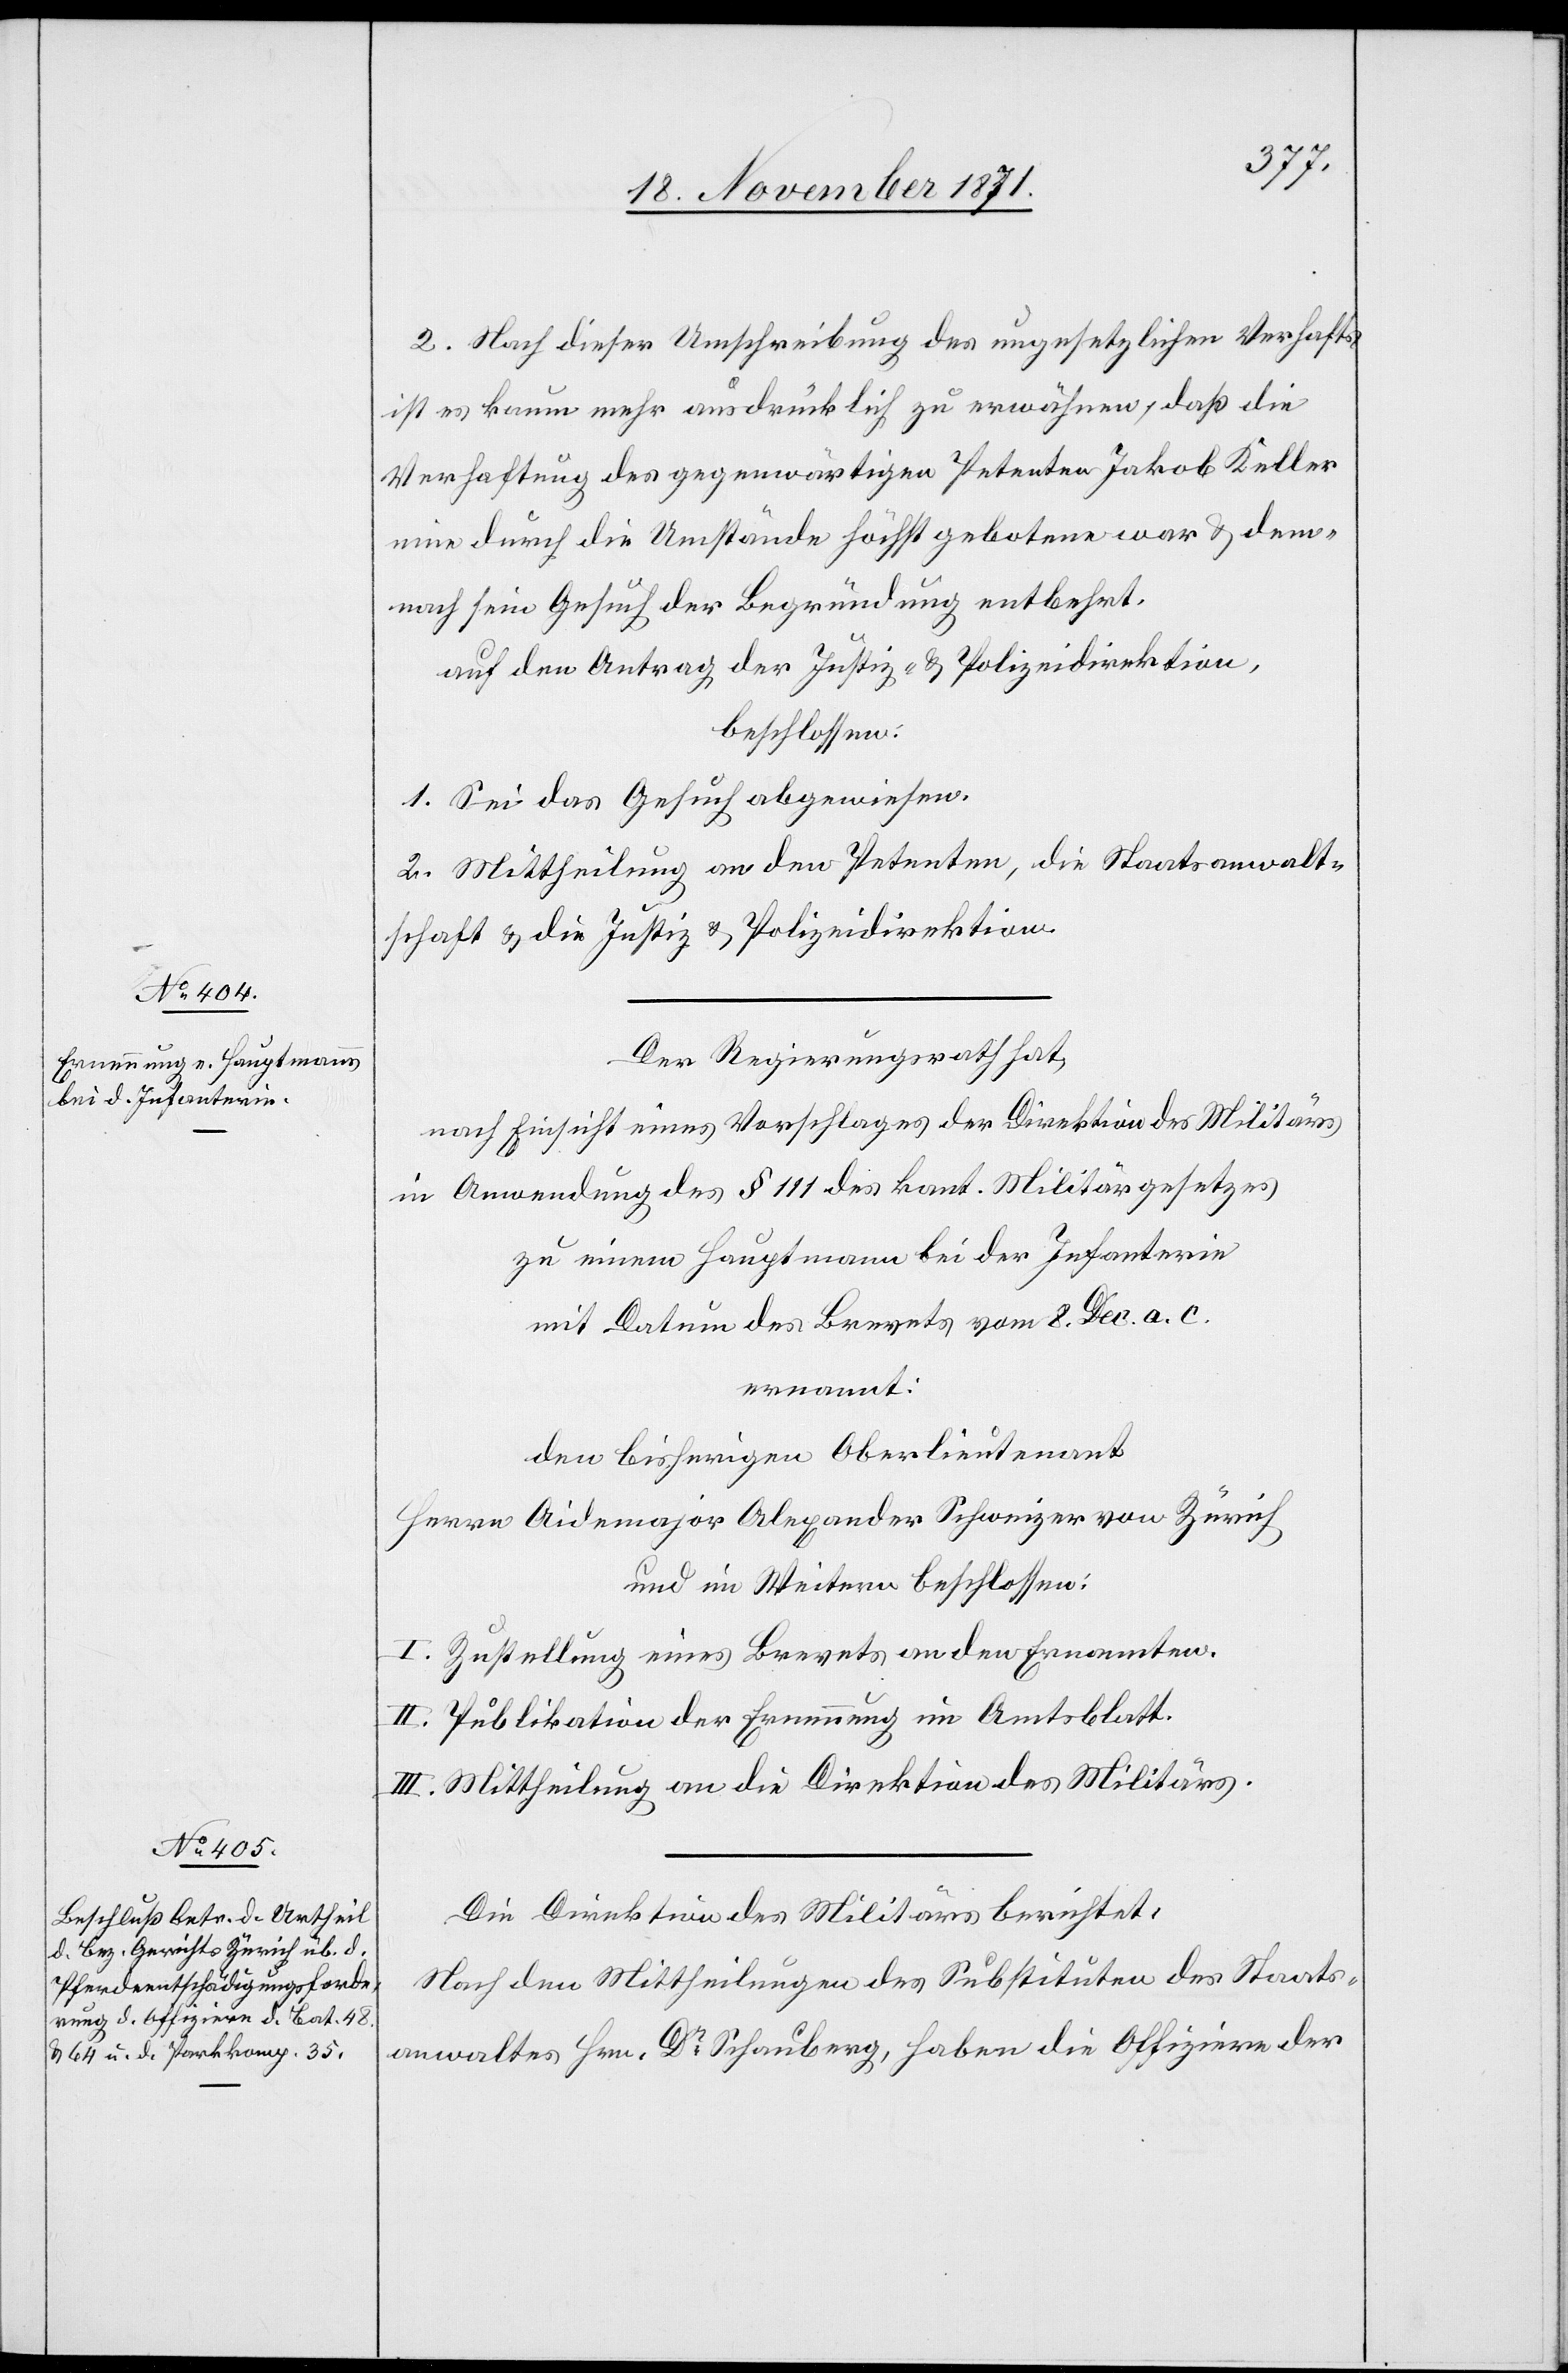
2. Nach dieser Umschreibung des ungesetzlichen Verhafts
ist es kaum mehr ausdrücklich zu erwähnen, daß die
Verhaftung des gegenwärtigen Petenten Jakob Keller
eine durch die Umstände höchst gebotene war & dem¬
nach sein Gesuch der Begründung entbehrt.
auf den Antrag der Justiz- & Polizeidirektion,
beschlossen:
1. Sei das Gesuch abgewiesen.
2. Mittheilung an den Petenten, die Staatsanwalt¬
schaft & die Justiz[-] & Polizeidirektion.
Der Regierungsrath hat,
nach Einsicht eines Vorschlages der Direktion des Militärs
in Anwendung des § 111 des kant. Militärgesetzes
zu einem Hauptmann bei der Infanterie
mit Datum des Brevets vom 8. Dec. a. c.
ernannt:
den bisherigen Oberlieutenant
Herrn Aidemajor Alexander Schweizer von Zürich
und im Weitern beschlossen:
I. Zustellung eines Brevets an den Ernannten.
II. Publikation der Ernennung im Amtsblatt.
III. Mittheilung an die Direktion des Militärs.
Die Direktion des Militärs berichtet:
Nach den Mittheilungen des Substituten des Staats¬
anwaltes Hrn. Dr. Schauberg, haben die Offiziere der